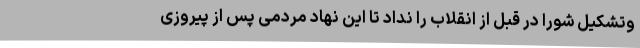
وتشکیل شورا در قبل از انقلاب را نداد تا این نهاد مردمی پس از پیروزی